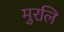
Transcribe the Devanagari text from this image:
मुरलि